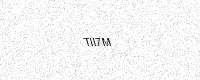
Text: TII7M